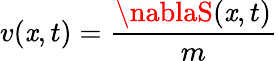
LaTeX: v(\mathit{x},t)={\frac{{\nablaS(\mathit{x},t)}}{{m}}}